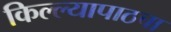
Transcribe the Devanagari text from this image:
किल्ल्यापाठचा